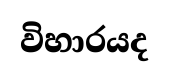
විහාරයද